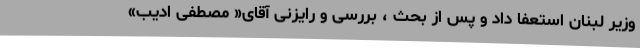
وزیر لبنان استعفا داد و پس از بحث ، بررسی و رایزنی آقای« مصطفی ادیب»